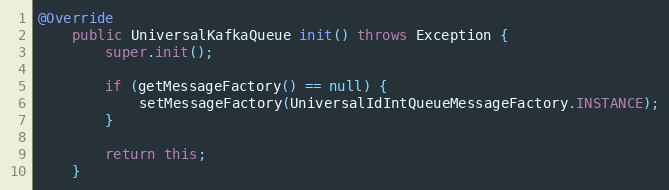
Language: Java
@Override
    public UniversalKafkaQueue init() throws Exception {
        super.init();

        if (getMessageFactory() == null) {
            setMessageFactory(UniversalIdIntQueueMessageFactory.INSTANCE);
        }

        return this;
    }